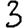
Digit: 3